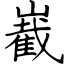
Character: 嶻